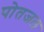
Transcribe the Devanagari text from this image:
पोतजल